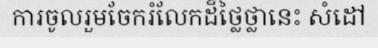
ការចូលរួមចែករំលែកដ៏ថ្លៃថ្លានេះ សំដៅ